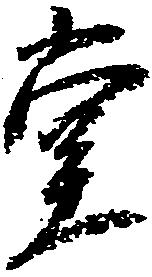
壱